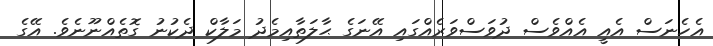
އެހެނަސް އެއީ އެއްވެސް ދުވަސްވަރެއްގައި އޭނަގެ ޙާލަތާއިމެދު މަލާކް ދެކުނު ގޮތެއްނޫނެވެ. އޭގެ